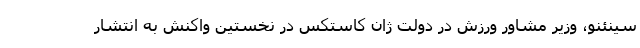
سینئنو، وزیر مشاور ورزش در دولت ژان کاستکس در نخستین واکنش به انتشار